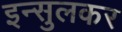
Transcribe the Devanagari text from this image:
इन्सुलकर